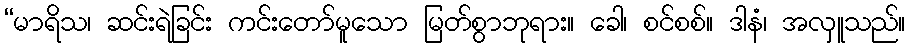
“မာရိသ၊ ဆင်းရဲခြင်း ကင်းတော်မူသော မြတ်စွာဘုရား။ ခေါ၊ စင်စစ်။ ဒါနံ၊ အလှူသည်။